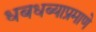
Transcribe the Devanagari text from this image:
धबधब्याप्रमाणे